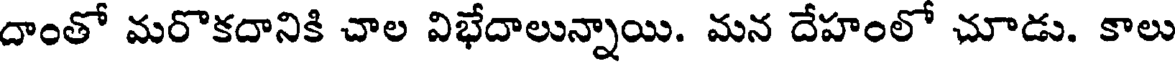
దాంతో మరొకదానికి చాల విభేదాలున్నాయి. మన దేహంలో చూడు. కాలు